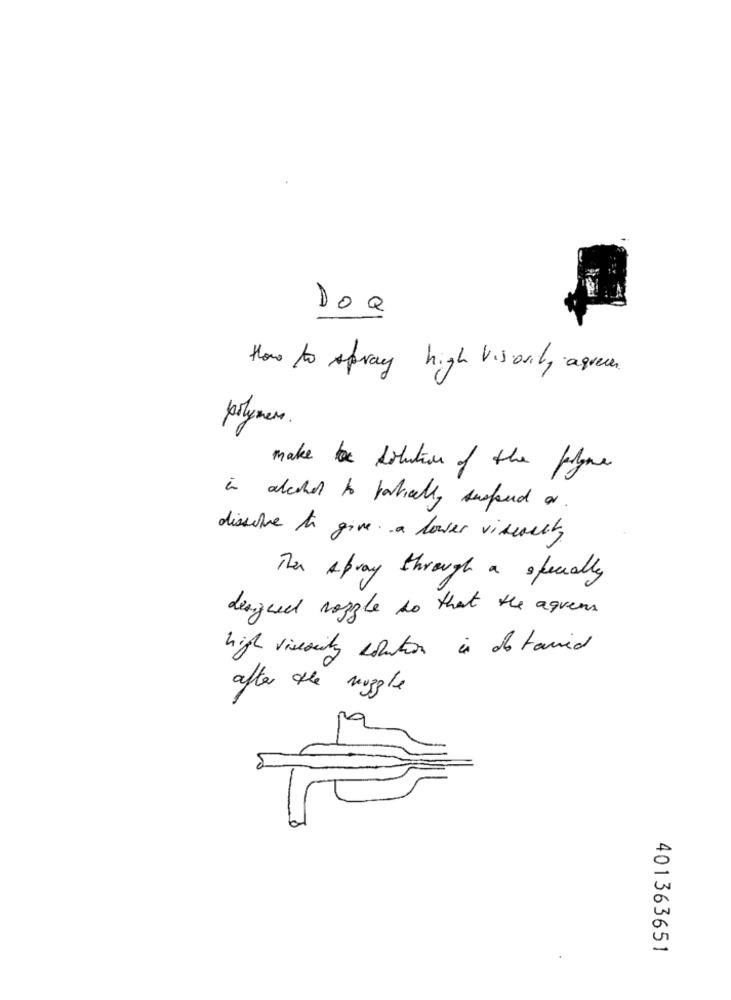
DoQ
How to spray high Visovily agree .
polymers .
make a solution of the flyme
in alcohol to partically suspend ar .
dissolve to give a lower visually
Then spray through a specially
designed razzle so that the agvens.
high visescity solution is detained
after the nuggle
401363651